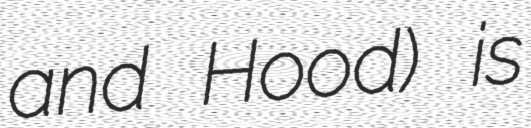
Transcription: and Hood) is